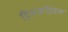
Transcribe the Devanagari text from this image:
डिसकॉइडल